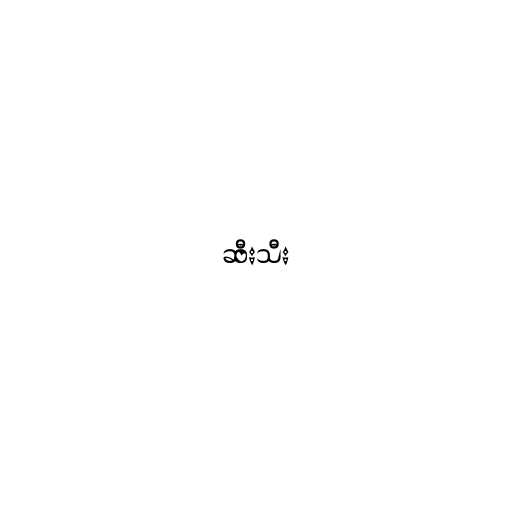
ဆီးသီး